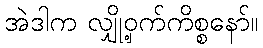
အဲဒါက လျှို့ဝှက်ကိစ္စနော်။